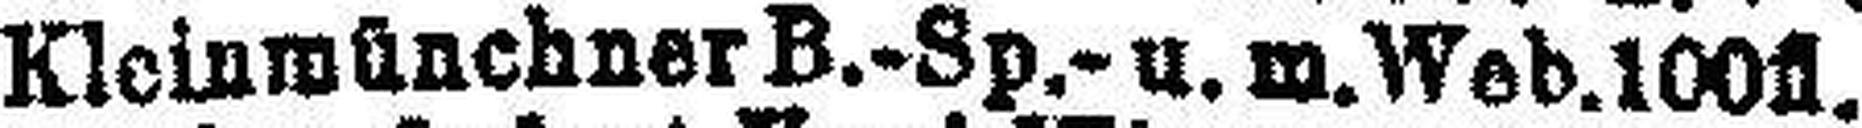
Kleinmünchner B.-Sp.- u. m.Web. 100fl.